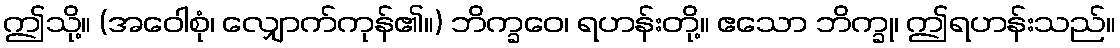
ဤသို့။ (အဝေါစုံ၊ လျှောက်ကုန်၏။) ဘိက္ခဝေ၊ ရဟန်းတို့။ ဧသော ဘိက္ခု၊ ဤရဟန်းသည်။